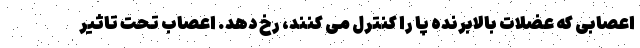
اعصابی که عضلات بالابرنده پا را کنترل می کنند، رخ دهد. اعصاب تحت تاثیر